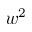
w ^ { 2 }